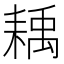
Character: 𦔊